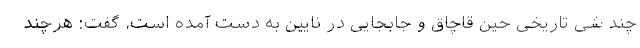
چند شی تاریخی حین قاچاق و جابجایی در نایین به دست آمده است، گفت: هرچند